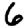
Digit: 6